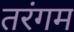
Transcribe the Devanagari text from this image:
तरंगम